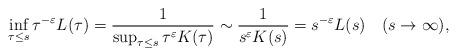
LaTeX: \begin{align*}\inf_{\tau\leq s}\tau^{-\varepsilon}L(\tau)=\frac{1}{\sup_{\tau\leq s}\tau^\varepsilon K(\tau)}\sim\frac{1}{s^\varepsilon K(s)}=s^{-\varepsilon}L(s)\quad(s\to\infty),\end{align*}